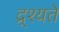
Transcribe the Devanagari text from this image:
द्र्श्यते